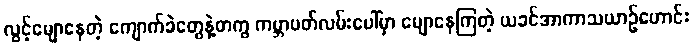
လွင့်မျောနေတဲ့ ကျောက်ခဲတွေနဲ့တကွ ကမ္ဘာပတ်လမ်းပေါ်မှာ မျောနေကြတဲ့ ယခင်အာကာသယာဉ်ဟောင်း